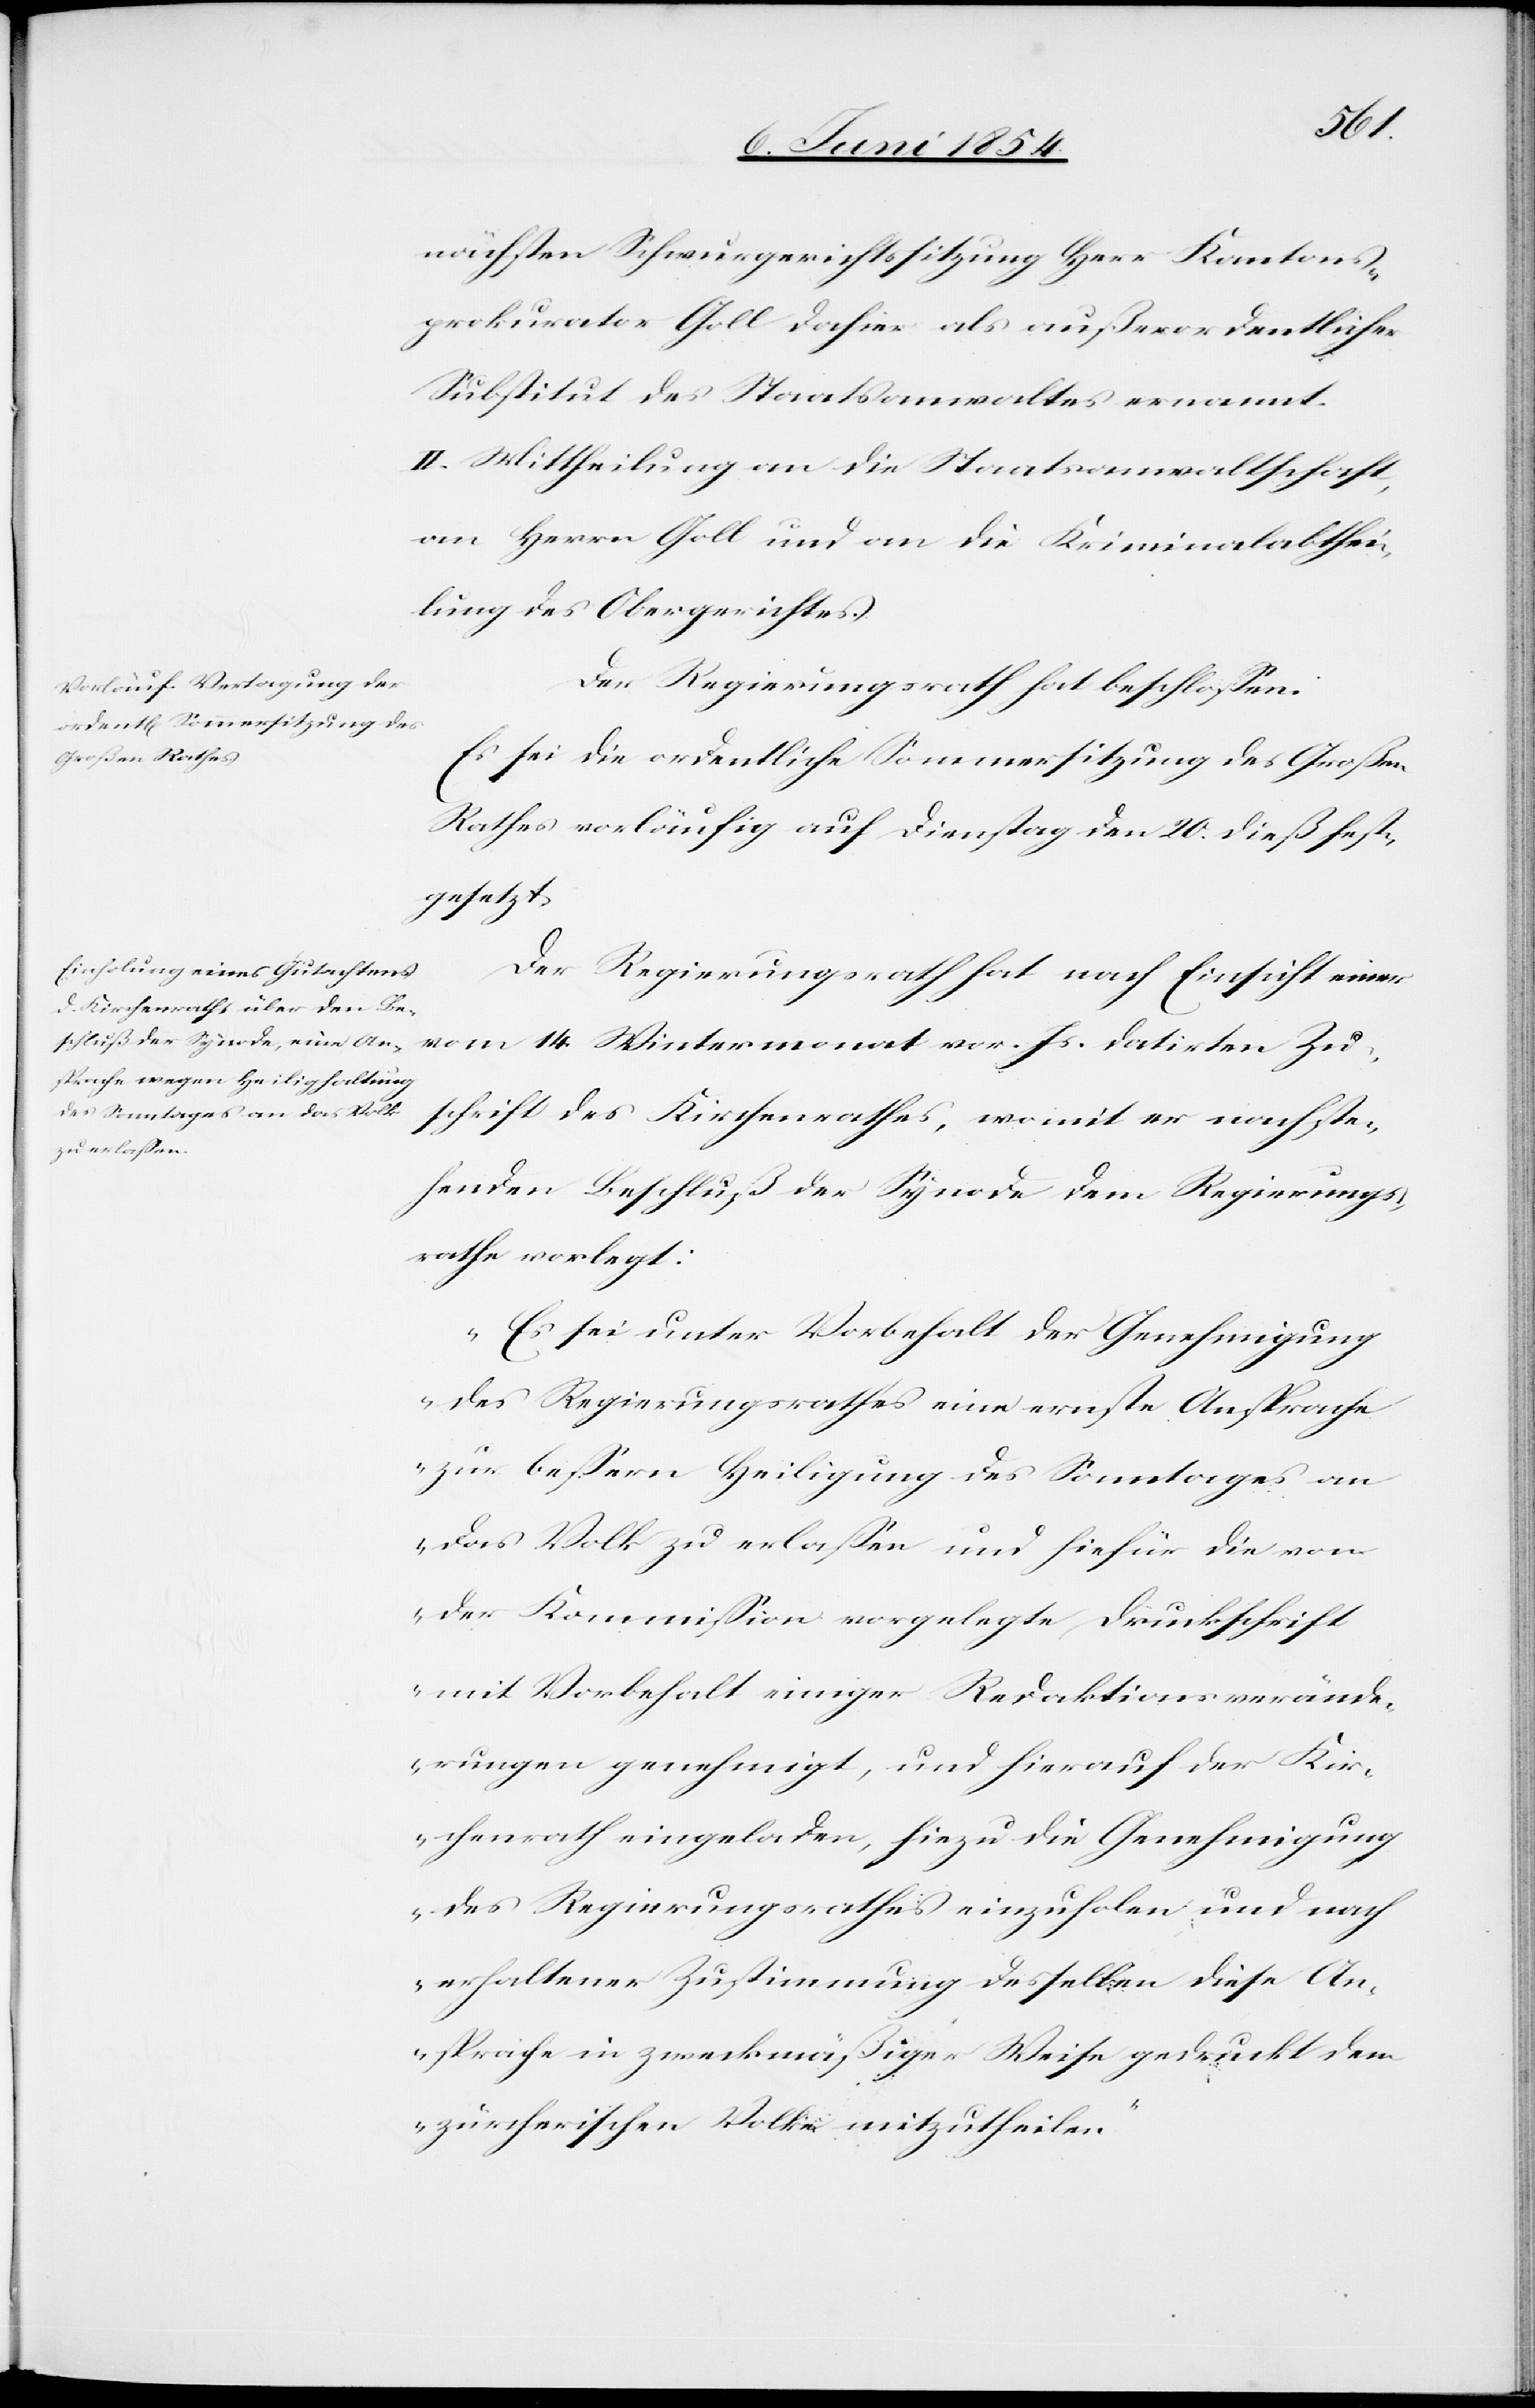
nächsten Schwurgerichtssitzung Herr Kantons¬
prokurator Goll dahier als außerordentlicher
Substitut des Staatsanwaltes ernannt.
II. Mittheilung an die Staatsanwaltschaft,
an Herrn Goll und an die Kriminalabthei¬
lung des Obergerichtes.
Der Regierungsrath hat beschloßen:
Es sei die ordentliche Sommersitzung des Großen
Rathes vorläufig auf Dienstag den 20. dieß fest¬
gesetzt.
Der Regierungsrath hat nach Einsicht einer
vom 14. Wintermonat vor. Js. datirten Zu¬
schrift des Kirchenrathes, womit er nachste¬
henden Beschluß der Synode dem Regierungs¬
rathe vorlegt.
„Es sei unter Vorbehalt der Genehmigung
des Regierungsrathes eine erste Ansprache
zur beßern Heiligung des Sonntages an
das Volk zu erlaßen und hiefür die von
der Kommißion vorgelegte Druckschrift
mit Vorbehalt einiger Redaktionsverände¬
rungen genehmigt, und hierauf der Kir¬
chenrath eingeladen, hiezu die Genehmigung
des Regierungsrathes einzuholen und nach
erhaltener Zustimmung desselben diese An¬
sprache in zweckmäßiger Weise gedruckt dem
zürcherischen Volke mitzutheilen.“